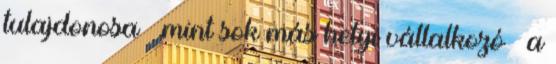
tulajdonosa – mint sok más helyi vállalkozó – a